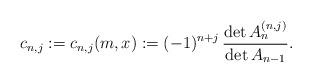
LaTeX: \begin{align*} c_{n,j} := c_{n,j}(m,x) := (-1)^{n+j}\,\frac{\det A_n^{(n,j)}}{\det A_{n-1}}.\end{align*}